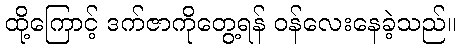
ထို့ကြောင့် ဒက်ဇာကိုတွေ့ရန် ဝန်လေးနေခဲ့သည်။